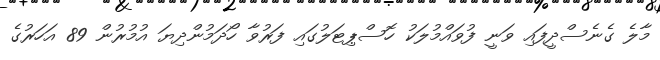
މާލެ ގެނެސްދީފައި ވަނީ ފުވައްމުލަކު ހޮސްޕިޓަލުގައި ފަރުވާ ހޯދަމުންދިޔަ އުމުރުން 89 އަހަރުގެ